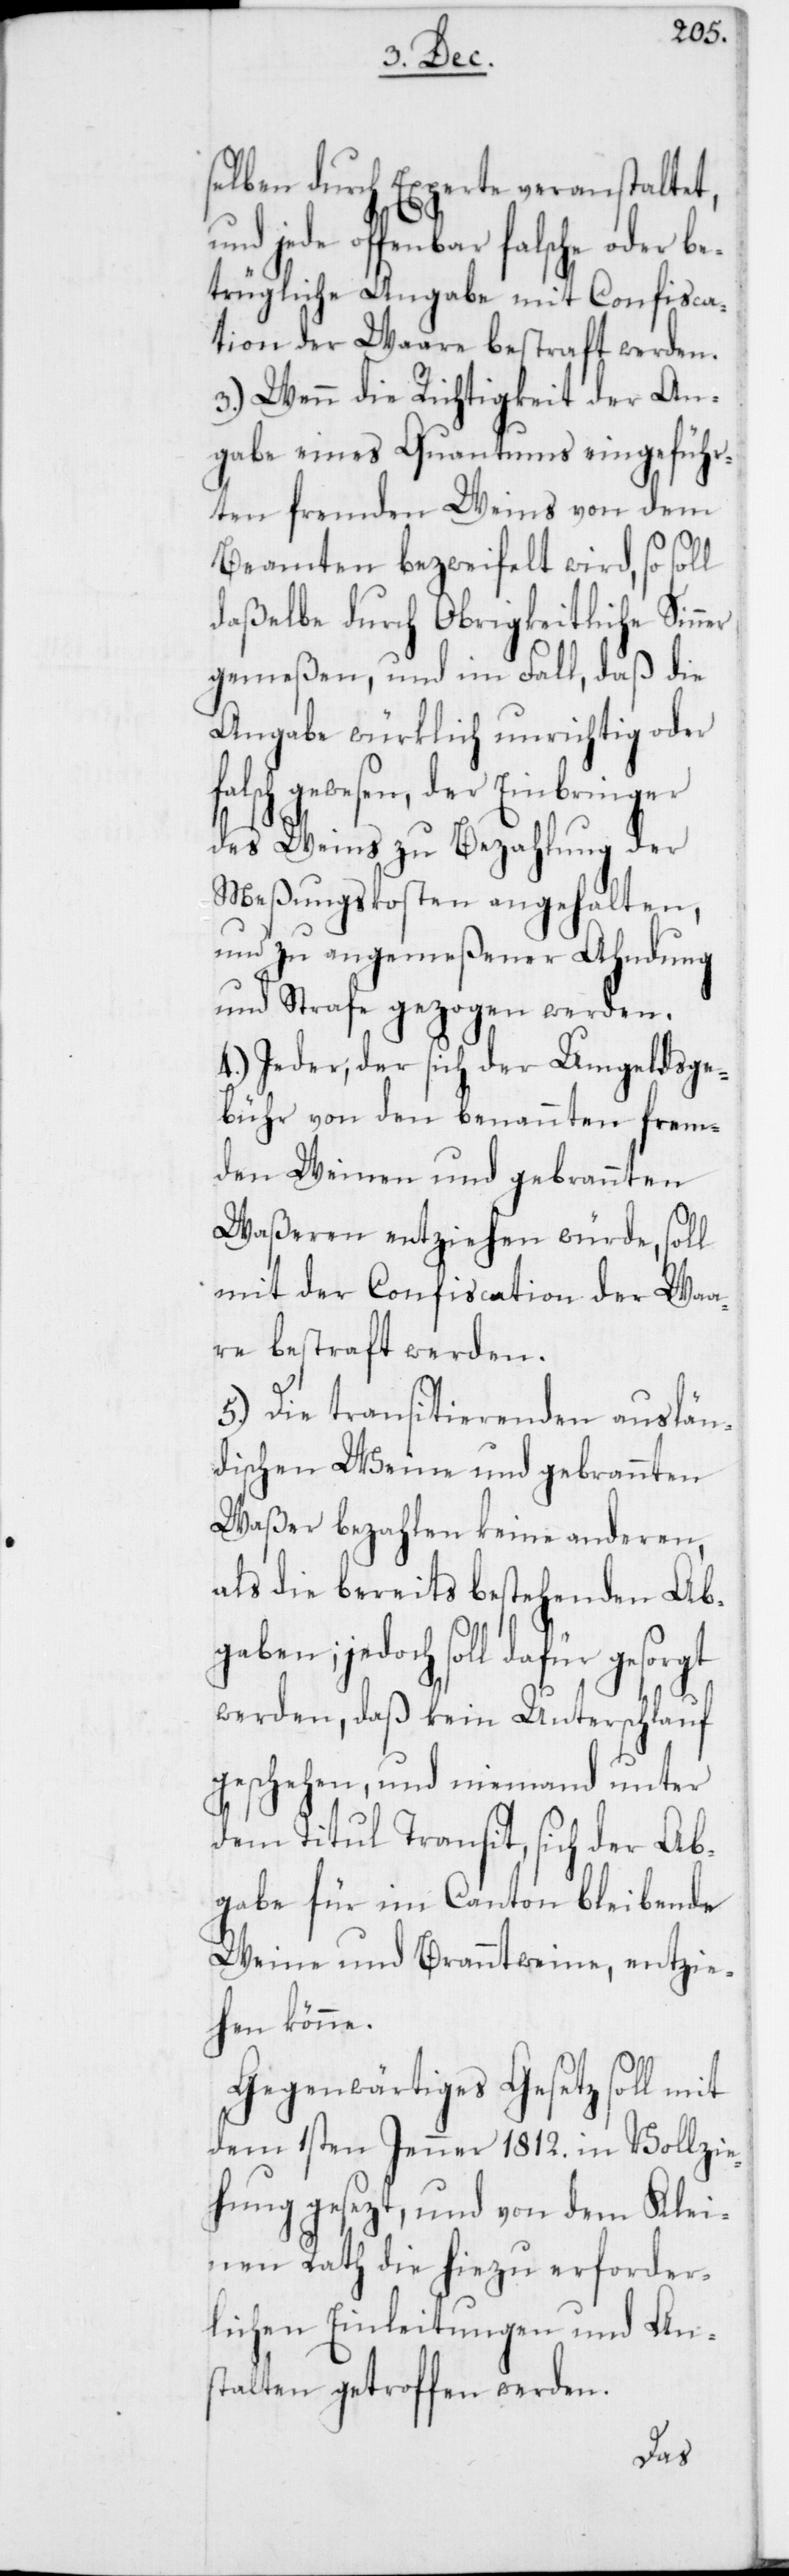
selben durch Experten veranstaltet,
jede offenbar falsche oder be¬
trügliche Angabe mit Confisca¬
tion der Waare bestraft werden.
3.) Wenn die Richtigkeit der An¬
gabe eines Quantums eingeführ¬
ten fremden Weins von dem
Beamten bezweifelt wird, so soll
daßelbe durch Obrigkeitliche Sinner
gemeßen, und im Fall, daß die
Angabe würklich unrichtig oder
lsch gewesen, der Einbringer
des Weins zu Bezahlung der
Meßungskosten angehalten,
und zu angemeßener Ahndung
und Strafe gezogen werden.
4.) Jeder, der sich der Umgeldsge¬
bühr von den benannten frem¬
den Weinen und gebrannten
Waßeren entziehen würde, soll
mit der Confiscation der Waa¬
re bestraft werden.
5.) Die transitierenden auslän¬
dischen Weine und gebrannten
Waßer bezahlen keine anderen,
als die bereits bestehenden Ab¬
gaben; jedoch soll dafür
werden, daß kein Unterschlauf
geschehen, und niemand unter
dem Titul Transit sich der Ab¬
gabe für im Canton bleibende
Weine und Branntweine, entzie¬
hen könne.
Gegenwärtiges Gesetz soll mit
dem 1sten Jenner 1812. in Vollzie¬
hung gesezt, und von dem Klei¬
nen Rath die hiezu erforder¬
lichen Einleitungen und An¬
stalten getroffen werden.
fa¬